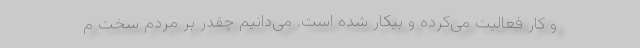
و کار فعالیت می‌کرده و بیکار شده است. می‌دانیم چقدر بر مردم سخت م